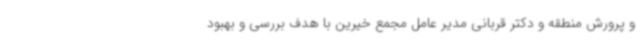
و پرورش منطقه و دکتر قربانی مدیر عامل مجمع خیرین با هدف بررسی و بهبود